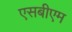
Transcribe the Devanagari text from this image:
एसबीएम